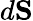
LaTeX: d\mathbf{S}